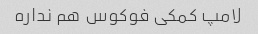
لامپ کمکی فوکوس هم نداره